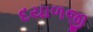
દયાળજી